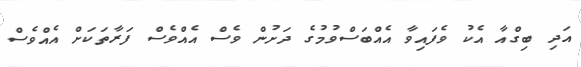
އަދި ބިގްއާ އެކު ވެފައިވާ އެއްބަސްވުމުގެ ދަށުން ވެސް އެއްވެސް ފަރާތަކަށް އެއްވެސް